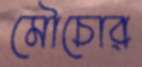
মৌচোর